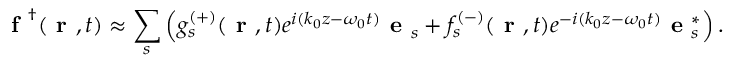
\textbf { f } ^ { \dag } \! \left( \textbf { r } , t \right) \approx \sum _ { s } \left( g _ { s } ^ { ( + ) } ( \textbf { r } , t ) e ^ { i ( k _ { 0 } z - \omega _ { 0 } t ) } { \textbf { e } } _ { s } + f _ { s } ^ { ( - ) } ( \textbf { r } , t ) e ^ { - i ( k _ { 0 } z - \omega _ { 0 } t ) } { \textbf { e } } _ { s } ^ { * } \right) .